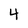
Character: 4